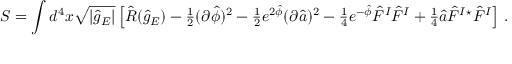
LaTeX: S = \int d ^ { 4 } x \sqrt { | \hat { g } _ { E } | } \left[ \hat { R } ( \hat { g } _ { E } ) - { \textstyle \frac { 1 } { 2 } } ( \partial \hat { \phi } ) ^ { 2 } - { \textstyle \frac { 1 } { 2 } } e ^ { 2 \hat { \phi } } ( \partial \hat { a } ) ^ { 2 } - { \textstyle \frac { 1 } { 4 } } e ^ { - \hat { \phi } } \hat { F } ^ { I } \hat { F } ^ { I } + { \textstyle \frac { 1 } { 4 } } \hat { a } \hat { F } ^ { I } { } ^ { \star } \hat { F } ^ { I } \right] \, .